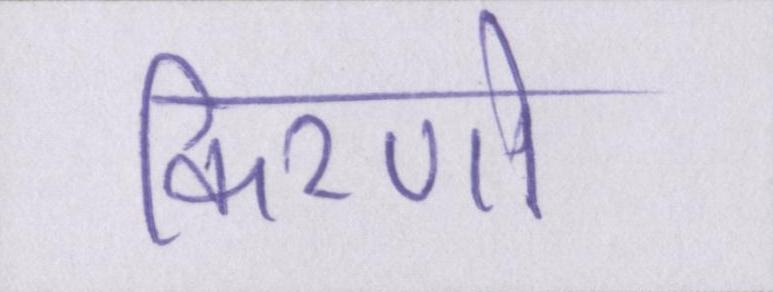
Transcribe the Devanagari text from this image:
किरणो